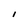
Character: I